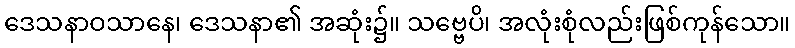
ဒေသနာဝသာနေ၊ ဒေသနာ၏ အဆုံး၌။ သဗ္ဗေပိ၊ အလုံးစုံလည်းဖြစ်ကုန်သော။